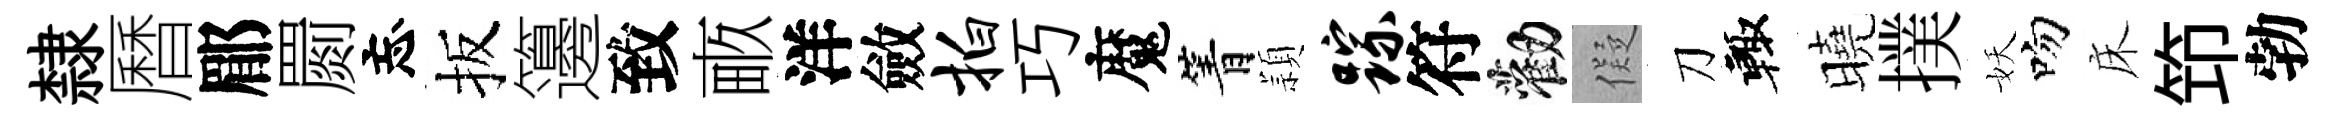
隸曆郿罽忘扳籩致畞洋斂拍巧魔箐頴踪符勸儗刀輙曉撲妖吻床笻勃